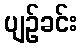
ပျဉ်ခင်း